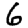
Digit: 6